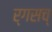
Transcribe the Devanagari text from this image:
र्गसच्